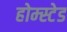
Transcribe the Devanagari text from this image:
होम्स्टेड